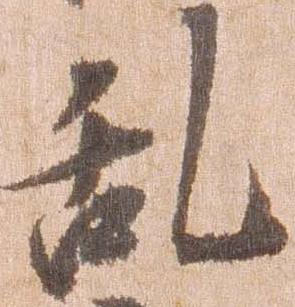
乱